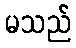
မသည်